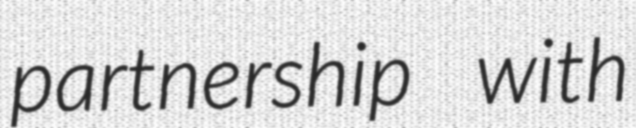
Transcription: partnership with